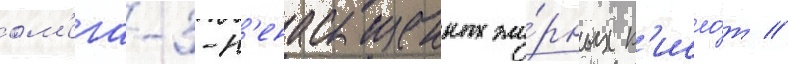
ом'ега-3-н'енасыщенных жи́рных к'исло́т //